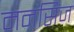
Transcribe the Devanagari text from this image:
मनसिज